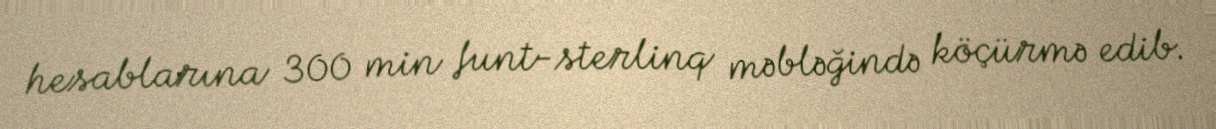
hesablarına 300 min funt-sterlinq məbləğində köçürmə edib.